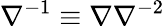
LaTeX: \nabla^{-1}\equiv\nabla\nabla^{-2}